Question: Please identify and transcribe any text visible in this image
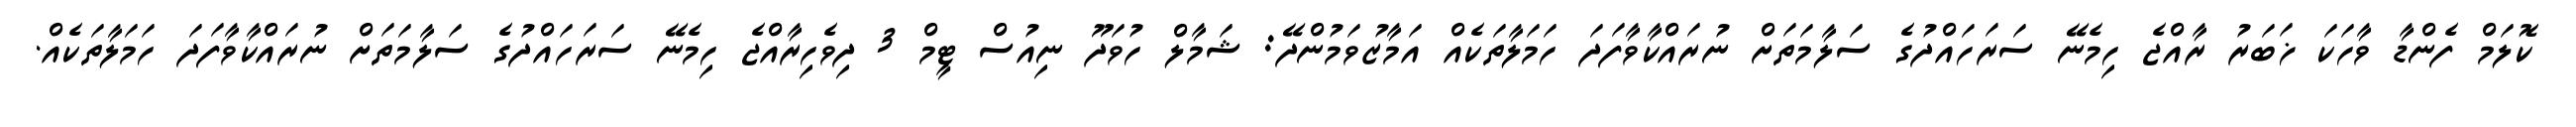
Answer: ކޮލަމް ފެންޑާ ވާހަކަ ޚަބަރު ރާއްޖެ ހިމެނޭ ސަރަހައްދުގެ ސަލާމަތަށް ނުރައްކާވާފަދަ ހަމަލާތަކެއް އަމާޒުވަމުންދޭ: ޝަމާލް ހުވަދޫ ނިއުސް ޓީމް 3 ދިވެހިރާއްޖެ ހިމެނޭ ސަރަހައްދުގެ ސަލާމަތަށް ނުރައްކާވާފަދަ ހަމަލާތަކެއް.